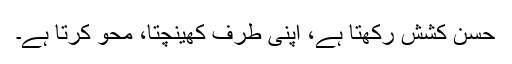
حسن کشش رکھتا ہے، اپنی طرف کھینچتا، محو کرتا ہے۔